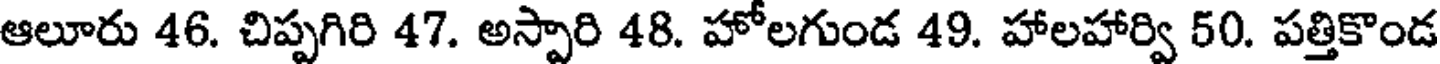
ఆలూరు 46. చిప్పగిరి 47. అస్పారి 48. హోలగుండ 49. హాలహార్వి 50. పత్తికొండ